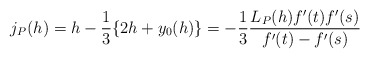
\begin{align*}j_P(h)=h-\frac{1}{3}\{2h+y_0(h)\}=-\frac{1}{3}\frac{L_P(h)f'(t)f'(s)}{ f'(t)-f'(s)} \end{align*}